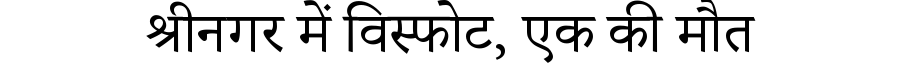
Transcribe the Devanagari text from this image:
श्रीनगर में विस्फोट, एक की मौत